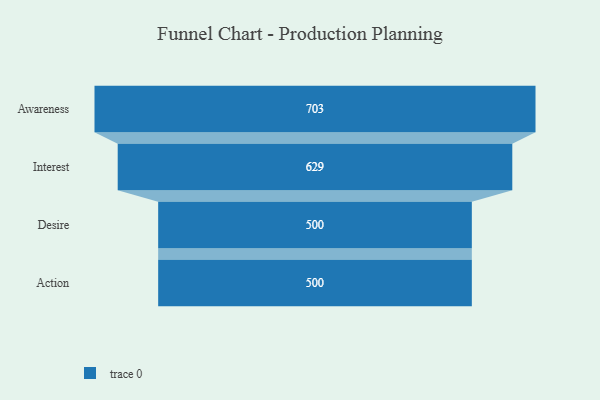
{"axis": {"x": "Stage", "y": "Value"}, "legend": [""], "data": [{"x": "Awareness", "y": 703.0, "type": ""}, {"x": "Interest", "y": 629.0, "type": ""}, {"x": "Desire", "y": 500, "type": ""}, {"x": "Action", "y": 500, "type": ""}]}